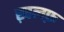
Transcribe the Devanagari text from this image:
ख़लफ़